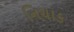
નિચાક